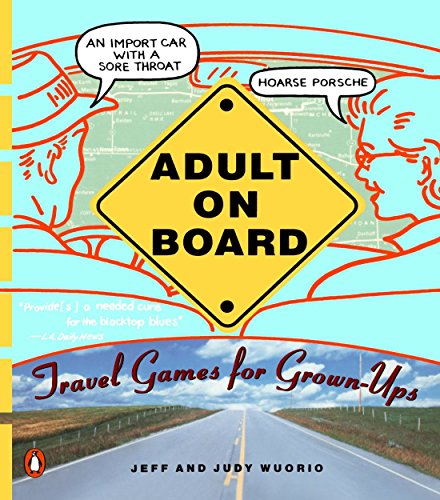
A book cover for Adult on Board: Travel Games for Grown-Ups; Jeffrey J. Wuorio; Humor & Entertainment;